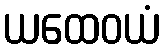
ယထေဝယံ